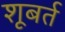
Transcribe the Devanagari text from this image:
शूबर्त